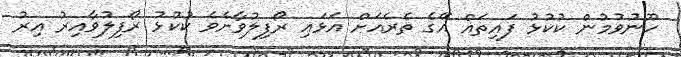
ހޫނުވުމުން ކުކުޅު ފައިތައް އޭގެ ތެރެއަށް އަޅައި ރޯފިލުވާށެވެ ކުކުޅު ރޯފިލުވާއިރު އިރު